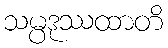
သမ္ပဒုဿထာတိ